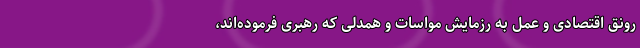
رونق اقتصادی و عمل به رزمایش مواسات و همدلی که رهبری فرموده‌اند،